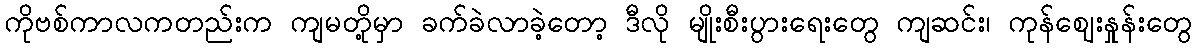
ကိုဗစ်ကာလကတည်းက ကျမတို့မှာ ခက်ခဲလာခဲ့တော့ ဒီလို မျိုးစီးပွားရေးတွေ ကျဆင်း၊ ကုန်ဈေးနှုန်းတွေ